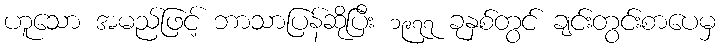
ဟူသော အမည်ဖြင့် ဘာသာပြန်ဆိုပြီး ၁၉၇၇ ခုနှစ်တွင် ချင်းတွင်းစာပေမှ